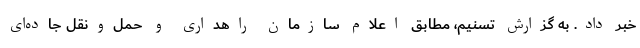
خبر داد. به گزارش تسنیم، مطابق اعلام سازمان راهداری و حمل‌ونقل جاده‌ای